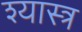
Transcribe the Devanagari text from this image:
श्यास्त्र